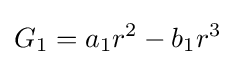
G_{1}=a_{1}r^{2}-b_{1}r^{3}